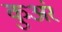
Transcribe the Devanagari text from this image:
कुअंर